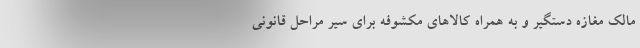
مالک مغازه دستگیر و به همراه کالاهای مکشوفه برای سیر مراحل قانونی